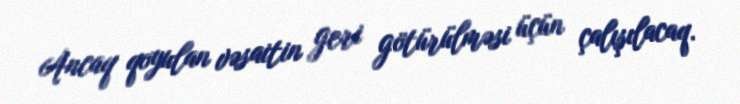
Ancaq qoyulan vəsaitin geri götürülməsi üçün çalışılacaq.